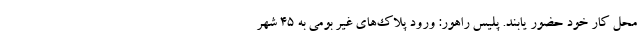
محل کار خود حضور یابند. پلیس راهور: ورود پلاک‌های غیر بومی به ۴۵ شهر